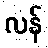
လန်